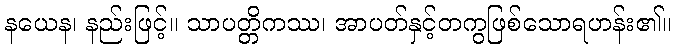
နယေန၊ နည်းဖြင့်။ သာပတ္တိကဿ၊ အာပတ်နှင့်တကွဖြစ်သောရဟန်း၏။